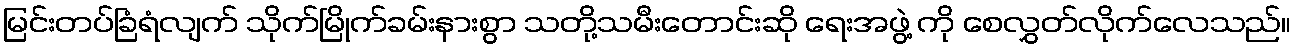
မြင်းတပ်ခြံရံလျက် သိုက်မြိုက်ခမ်းနားစွာ သတို့သမီးတောင်းဆို ရေးအဖွဲ့ ကို စေလွှတ်လိုက်လေသည်။